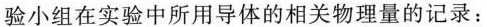
验小组在实验中所用导体的相关物理量的记录: